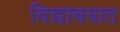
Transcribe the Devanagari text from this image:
विद्यावयात